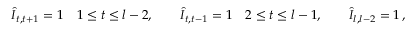
\hat { I } _ { t , t + 1 } = 1 \quad 1 \leq t \leq l - 2 , \quad \quad \hat { I } _ { t , t - 1 } = 1 \quad 2 \leq t \leq l - 1 , \quad \quad \hat { I } _ { l , l - 2 } = 1 \, ,